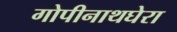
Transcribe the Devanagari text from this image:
गोपीनाथघेरा